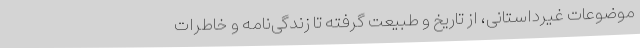
موضوعات غیرداستانی، از تاریخ و طبیعت گرفته تا زندگی‌نامه و خاطرات